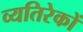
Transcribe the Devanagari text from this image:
व्यतिरेकों